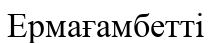
Ермағамбетті